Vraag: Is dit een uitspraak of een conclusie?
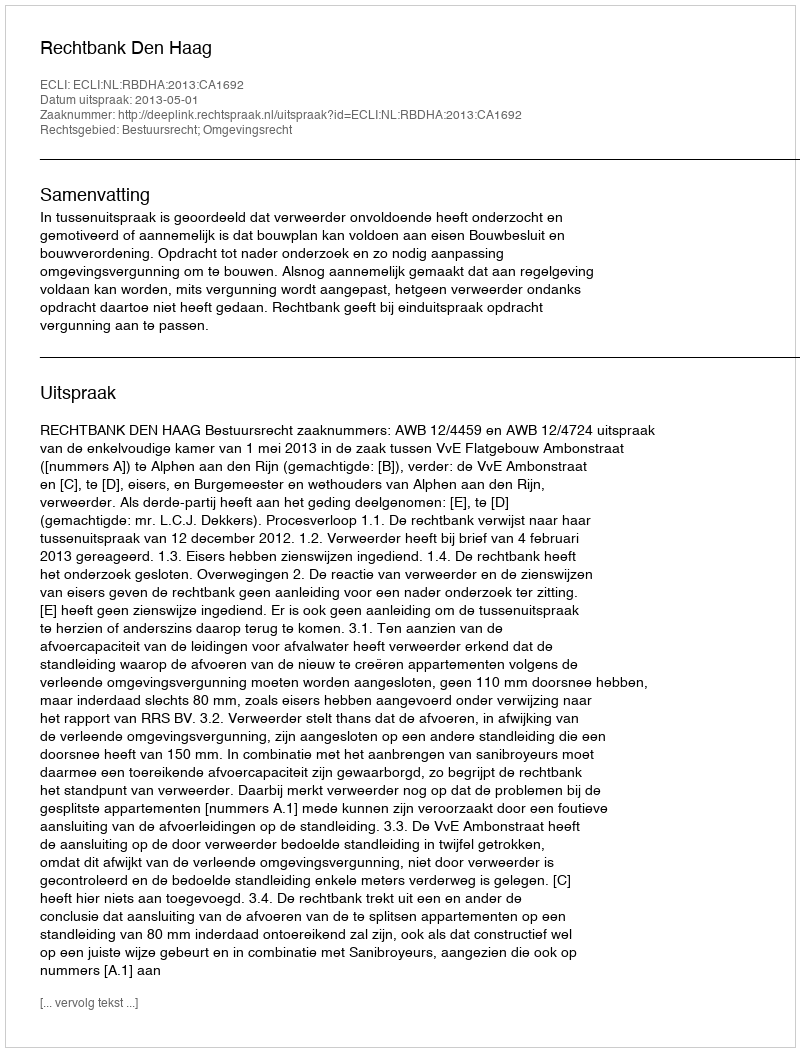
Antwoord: Uitspraak